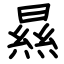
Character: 㬎